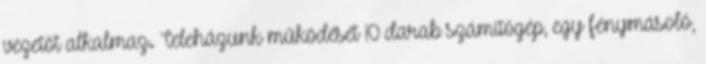
vezetőt alkalmaz. Teleházunk működését 10 darab számítógép, egy fénymásoló,